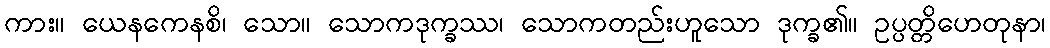
ကား။ ယေနကေနစိ၊ သော။ သောကဒုက္ခဿ၊ သောကတည်းဟူသော ဒုက္ခ၏။ ဥပ္ပတ္တိဟေတုနာ၊